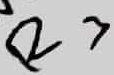
Text: R3